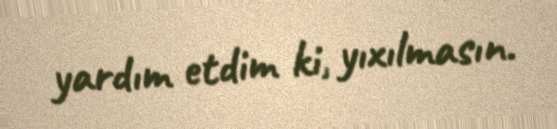
yardım etdim ki, yıxılmasın.